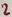
Text: 2